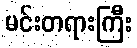
မင်းတရားကြီး